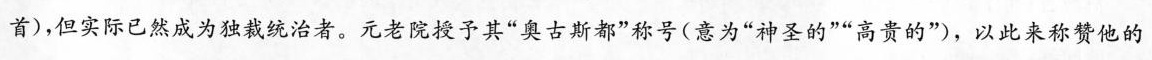
首)，但实际已然成为独裁统治者。元老院授予其”奥古斯都”称号(意为”神圣的””高贵的”)，以此来称赞他的